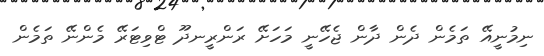
ނިމުނީއޭ ތަމެން ދެން ދާން ޖެހޭނީ މަހަށޭ ރަންރީނދޫ ޓްވިޓަރޭ މެންނޭ ތަމެން